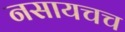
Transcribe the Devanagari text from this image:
नसायचच